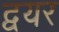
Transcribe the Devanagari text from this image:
द्वयर